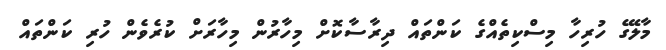
މާލޭގެ ހުރިހާ މިސްކިތެއްގެ ކަންތައް ދިރާސާކޮށް މިހާރުން މިހާރަށް ކުރެވެން ހުރި ކަންތައް